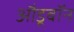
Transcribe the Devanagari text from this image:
औडूबॉन